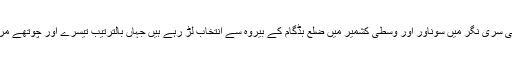
خیر اس مرتبہ وزیر اعلی سری نگر میں سوناور اور وسطی کشمیر میں ضلع بڈگام کے بیروہ سے انتخاب لڑ رہے ہیں جہاں بالترتیب تیسرے اور چوتھے مرحلے میں ووٹنگ ہوگی۔